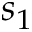
s _ { 1 }